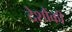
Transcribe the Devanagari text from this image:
देशौंकी